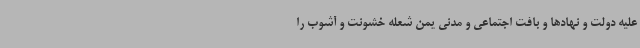
علیه دولت و نهادها و بافت اجتماعی و مدنی یمن شعله خشونت و آشوب را